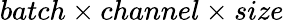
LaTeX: batch\times channel\times size